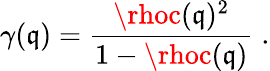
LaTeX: \gamma(\mathfrak{q})=\frac{{\rhoc(\mathfrak{q})^{2}}}{{1-\rhoc(\mathfrak{q})}}\; .